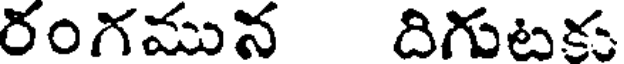
రంగమున దిగుటకు